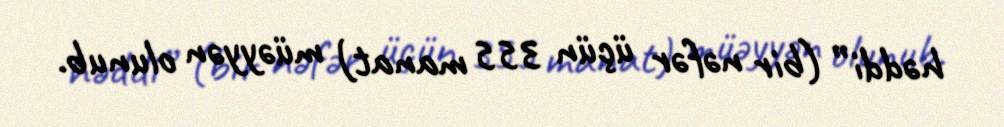
həddi” (bir nəfər üçün 355 manat) müəyyən olunub.